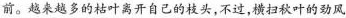
前。越来越多的枯叶离开自己的枝头，不过，横扫秋叶的劲风